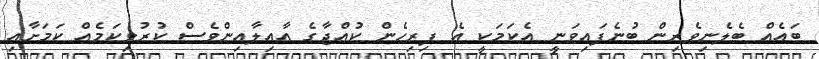
ބައެއް ބެލެނިވެރިން ބުނެފައިވަނީ އެކަމަކީ އެ ފިރިހެން ކުއްޖާގެ އާއިލާއިންވެސް ކުރުވިކަމެއް ކަމަށާއި